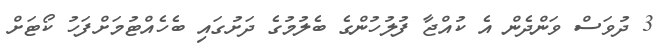
3 ދުވަސް ވަންދެން އެ ކުއްޖާ ފުލުހުންގެ ބެލުމުގެ ދަށުގައި ބެހެއްޓުމަށްފަހު ކޯޓަށް